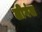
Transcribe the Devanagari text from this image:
लीगंस